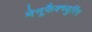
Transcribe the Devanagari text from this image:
मेनूफैक्च्युरिंग